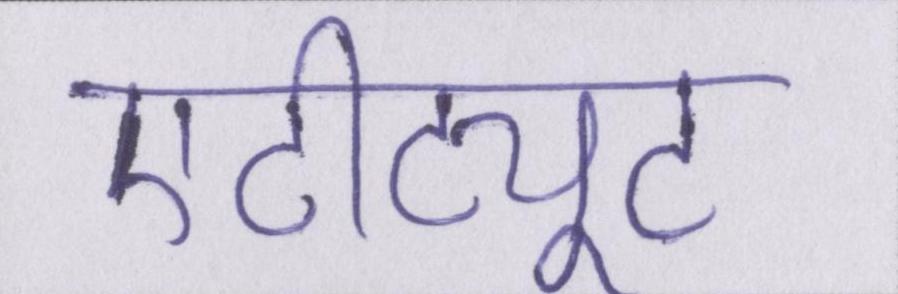
एटीट्यूट